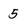
Character: 5